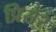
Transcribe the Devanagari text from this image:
प्रिसेरे